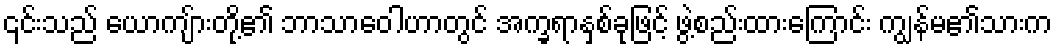
၎င်းသည် ယောကျ်ားတို့၏ ဘာသာဝေါဟာတွင် အက္ခရာနှစ်ခုဖြင့် ဖွဲ့စည်းထားကြောင်း ကျွန်မ၏သားက